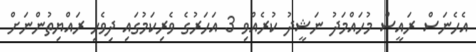
އެހެނަސް ރައީސް މުހައްމަދު ނަޝީދު ކުރެއްވި 3 އަހަރުގެ ވެރިކަމުގައި ދިވެހި ރައްޔިތުންނަށް